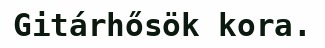
Gitárhősök kora.